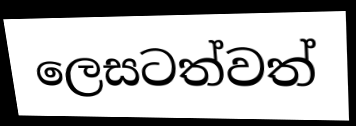
ලෙසටත්වත්